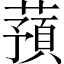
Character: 蕷